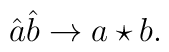
\hat{a}\hat{b} \rightarrow a\star b.